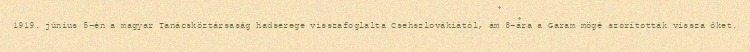
1919. június 5-én a magyar Tanácsköztársaság hadserege visszafoglalta Csehszlovákiától, ám 8-ára a Garam mögé szorították vissza őket.